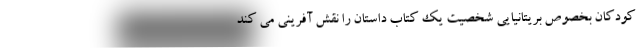
کودکان بخصوص بریتانیایی شخصیت یک کتاب داستان را نقش آفرینی می کند